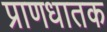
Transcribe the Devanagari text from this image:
प्राणधातक